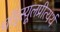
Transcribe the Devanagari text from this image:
चॉइस्यूलप्रीत्यर्थ